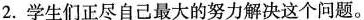
2.学生们正尽自己最大的努力解决这个问题.